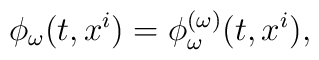
\phi_\omega(t,x^i)=\phi^{(\omega)}_\omega(t,x^i),